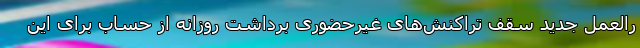
رالعمل جدید سقف تراکنش‌های غیرحضوری برداشت روزانه از حساب برای این